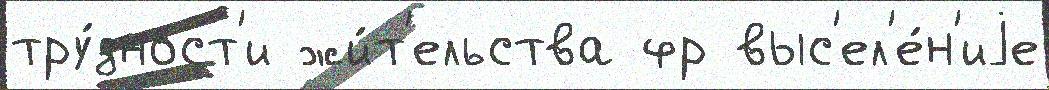
тру́дност'и жи́т'ельства фр выс'ел'е́н'иjе